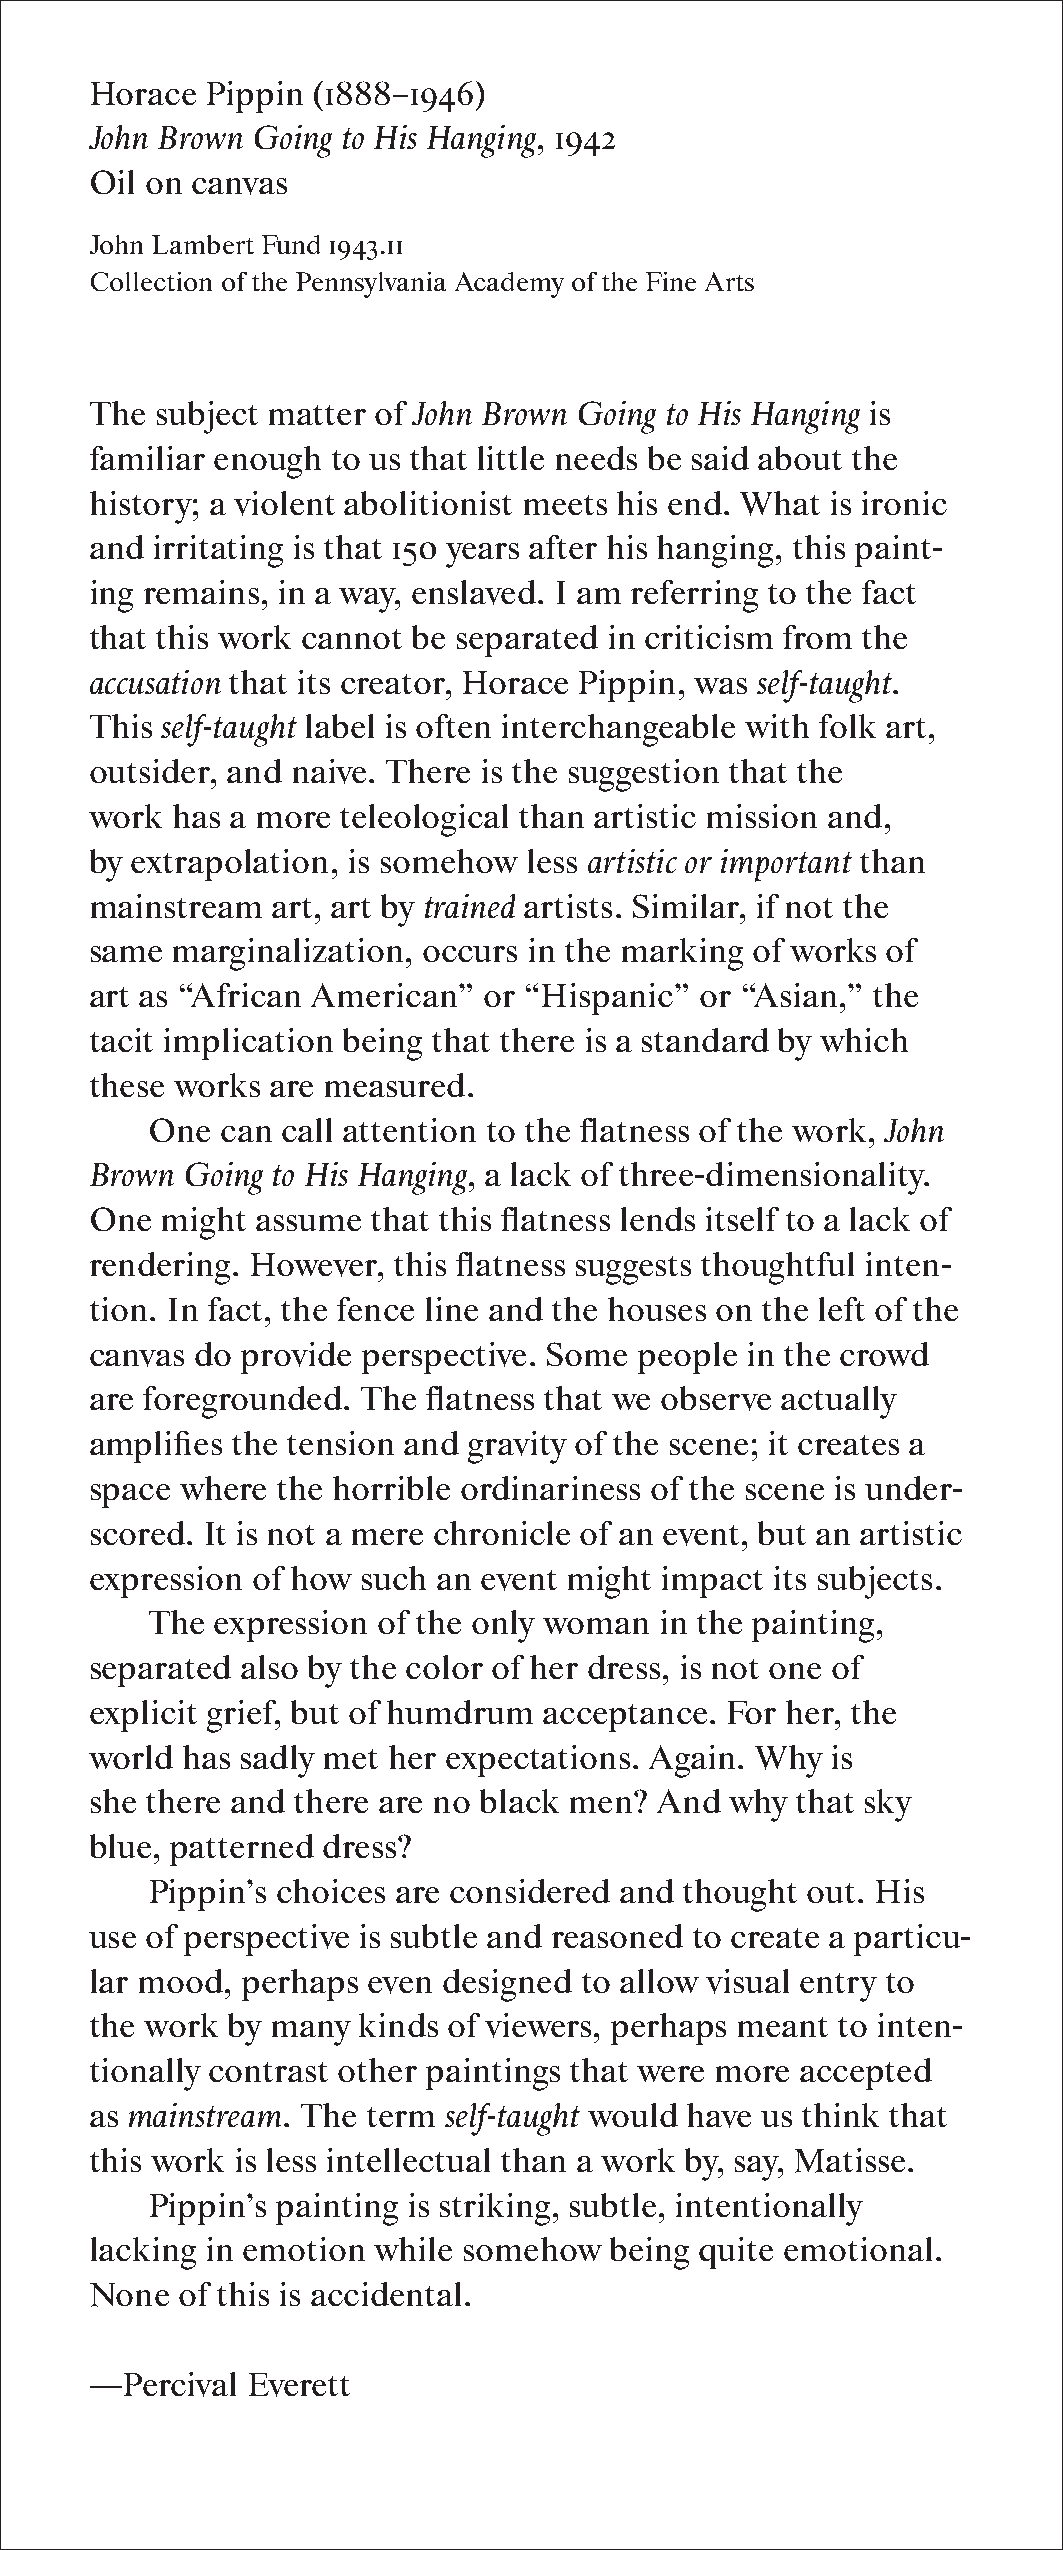
Horace  Pippin (1888–1946)
 John Brown Going to His Hanging, 1942
 Oil on canvas
 John Lambert Fund 1943.11
 Collection of the Pennsylvania Academy of the Fine Arts
 The subject matter of John Brown Going to His Hanging is
 familiar enough to us that little needs be said about the
 history; a violent abolitionist meets his end. What is ironic
 and irritating is that 150 years after his hanging, this paint-
 ing remains, in a way, enslaved. I am referring to the fact
 that this work cannot be separated in criticism from the
 accusation that its creator, Horace Pippin, was self-taught.
 This self-taught label is often interchangeable with folk art,
 outsider, and naive. There is the suggestion that the
 work has a more teleological than artistic mission and,
 by extrapolation, is somehow less artistic or important than
 mainstream  art, art by trained artists. Similar, if not the
 same marginalization, occurs in the marking of works of
 art as “African American” or “Hispanic” or “Asian,” the
 tacit implication being that there is a standard by which
 these works are measured.
 One  can call attention to the flatness of the work, John
 Brown Going to His Hanging, a lack of three-dimensionality.
 One  might assume  that this flatness lends itself to a lack of
 rendering. However, this flatness suggests thoughtful inten-
 tion. In fact, the fence line and the houses on the left of the
 canvas do provide perspective. Some people in the crowd
 are foregrounded. The flatness that we observe actually
 amplifies the tension and gravity of the scene; it creates a
 space where the horrible ordinariness of the scene is under-
 scored. It is not a mere chronicle of an event, but an artistic
 expression of how such an event might impact its subjects.
 The expression of the only woman  in the painting,
 separated also by the color of her dress, is not one of
 explicit grief, but of humdrum acceptance. For her, the
 world has sadly met her expectations. Again. Why is
 she there and there are no black men? And why  that sky
 blue, patterned dress?
 Pippin’s choices are considered and thought out. His
 use of perspective is subtle and reasoned to create a particu-
 lar mood, perhaps even designed to allow visual entry to
 the work by many  kinds of viewers, perhaps meant to inten-
 tionally contrast other paintings that were more accepted
 as mainstream. The term self-taught would have us think that
 this work is less intellectual than a work by, say, Matisse.
 Pippin’s painting is striking, subtle, intentionally
 lacking in emotion while somehow  being quite emotional.
 None  of this is accidental.
 —Percival Everett